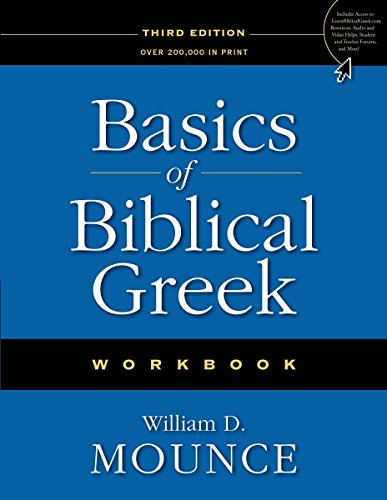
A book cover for Basics of Biblical Greek Workbook; William D. Mounce; Reference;